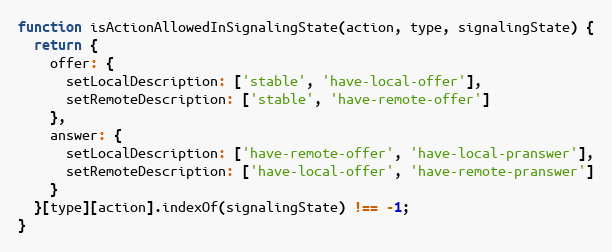
Language: JavaScript
function isActionAllowedInSignalingState(action, type, signalingState) {
  return {
    offer: {
      setLocalDescription: ['stable', 'have-local-offer'],
      setRemoteDescription: ['stable', 'have-remote-offer']
    },
    answer: {
      setLocalDescription: ['have-remote-offer', 'have-local-pranswer'],
      setRemoteDescription: ['have-local-offer', 'have-remote-pranswer']
    }
  }[type][action].indexOf(signalingState) !== -1;
}